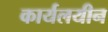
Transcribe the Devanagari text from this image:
कार्यलयीन